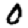
Digit: 0